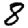
Digit: 8